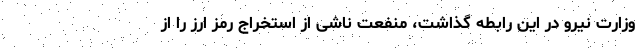
وزارت نیرو در این رابطه گذاشت، منفعت ناشی از استخراج رمز‌ ارز را از